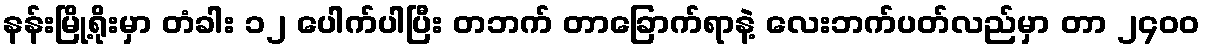
နန်းမြို့ရိုးမှာ တံခါး ၁၂ ပေါက်ပါပြီး တဘက် တာခြောက်ရာနဲ့ လေးဘက်ပတ်လည်မှာ တာ ၂၄၀၀